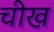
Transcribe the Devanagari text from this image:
चीख